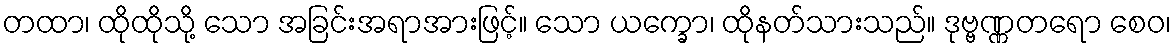
တထာ၊ ထိုထိုသို့ သော အခြင်းအရာအားဖြင့်။ သော ယက္ခော၊ ထိုနတ်သားသည်။ ဒုဗ္ဗဏ္ဏတရော စေဝ၊